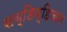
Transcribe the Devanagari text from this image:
सब्डिव्हिजन